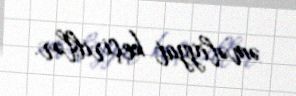
əməliyyat keçiriblər.